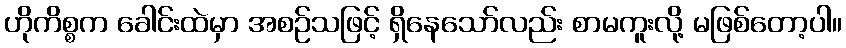
ဟိုကိစ္စက ခေါင်းထဲမှာ အစဉ်သဖြင့် ရှိနေသော်လည်း စာမကူးလို့ မဖြစ်တော့ပါ။